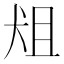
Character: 𰡈